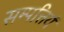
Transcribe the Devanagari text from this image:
सम्पत्तियं